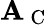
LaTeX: \mathbf{A}_{\mathrm{{~C~}}}